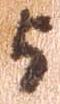
与